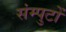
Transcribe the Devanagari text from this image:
संम्पुटों